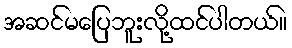
အဆင်မပြေဘူးလို့ထင်ပါတယ်။